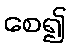
စေ၍